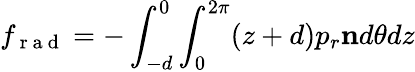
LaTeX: f_{\mathrm{~r~a~d~}}=-\int_{-d}^{0}\int_{0}^{2\pi}(z+d)p_{r}\mathbf{n}d\theta dz